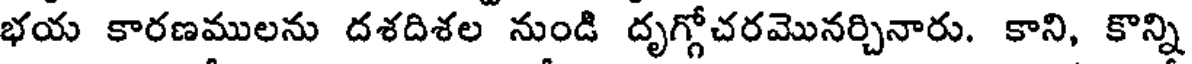
భయ కారణములను దశదిశల నుండి దృగ్గోచరమొనర్చినారు. కాని, కొన్ని